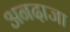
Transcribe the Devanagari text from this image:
अनदाजा